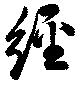
経